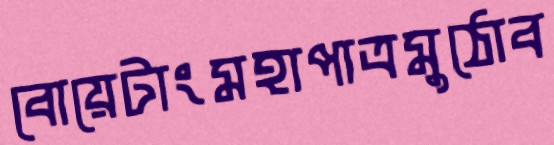
বোয়েটাংমহাপাত্রমুঠোব